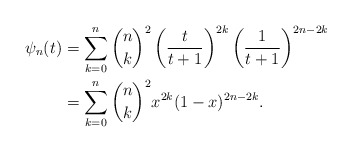
\begin{align*}\psi_n(t)&=\sum^{n}_{k=0}{\binom{n}{k}^2\left(\frac{t}{t+1}\right)^{2k}\left(\frac{1}{t+1}\right)^{2n-2k}}\\&=\sum^{n}_{k=0}{\binom{n}{k}^2x^{2k}(1-x)^{2n-2k}}.\end{align*}